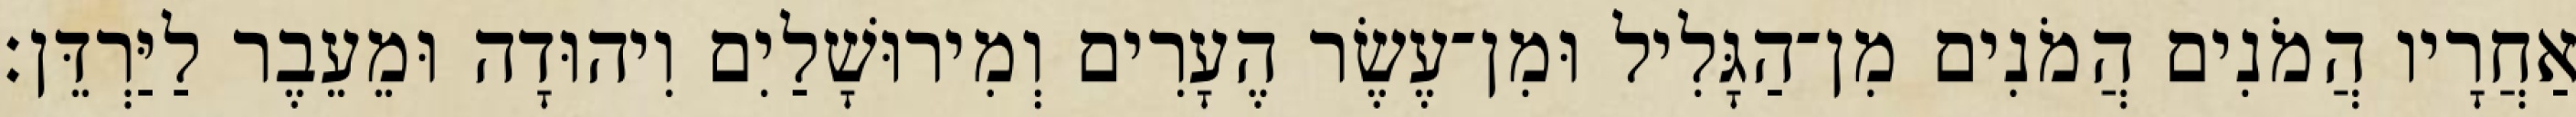
אַחֲרָיו הֲמֹנִים הֲמֹנִים מִן־הַגָּלִיל וּמִן־עֶשֶׂר הֶעָרִים וְמִירוּשָׁלַיִם וִיהוּדָה וּמֵעֵבֶר לַיַּרְדֵּן׃